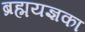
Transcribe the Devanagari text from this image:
ब्रह्मयज्ञका